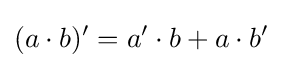
(a\cdot b)'=a'\cdot b+a\cdot b'